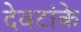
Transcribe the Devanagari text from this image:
देवटांके